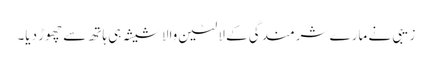
زیبی نے مارے شرمندگی کے لالٹین والا شیشہ ہی ہاتھ سے چھوڑ دیا۔